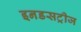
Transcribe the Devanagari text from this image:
इनडसट्रीज